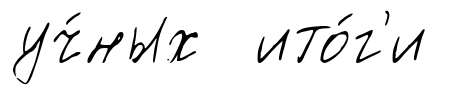
уч́ных ито́г'и